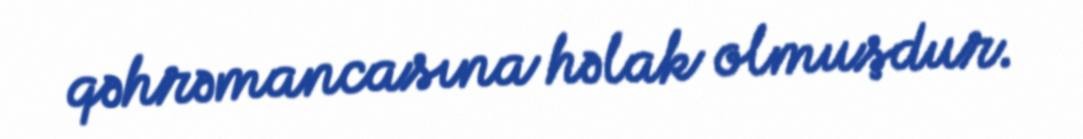
qəhrəmancasına həlak olmuşdur.